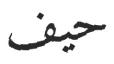
حيف